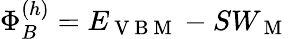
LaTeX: \Phi_{B}^{(h)}=E_{\mathrm{~V~B~M~}}-SW_{\mathrm{~M~}}